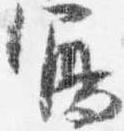
写